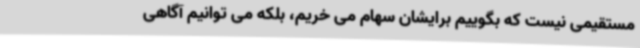
مستقیمی نیست که بگوییم برایشان سهام می خریم، بلکه می توانیم آگاهی